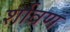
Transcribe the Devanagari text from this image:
र्शावण